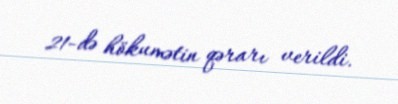
21-də hökumətin qərarı verildi.